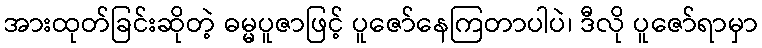
အားထုတ်ခြင်းဆိုတဲ့ ဓမ္မပူဇာဖြင့် ပူဇော်နေကြတာပါပဲ၊ ဒီလို ပူဇော်ရာမှာ